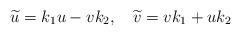
LaTeX: \begin{align*} \widetilde{u}={{k}_{1}}u-v{{k}_{2}},~~~\widetilde{v}=v{{k}_{1}}+u{{k}_{2}}\end{align*}